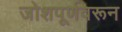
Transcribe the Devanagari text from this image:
जोशपूर्णवरून